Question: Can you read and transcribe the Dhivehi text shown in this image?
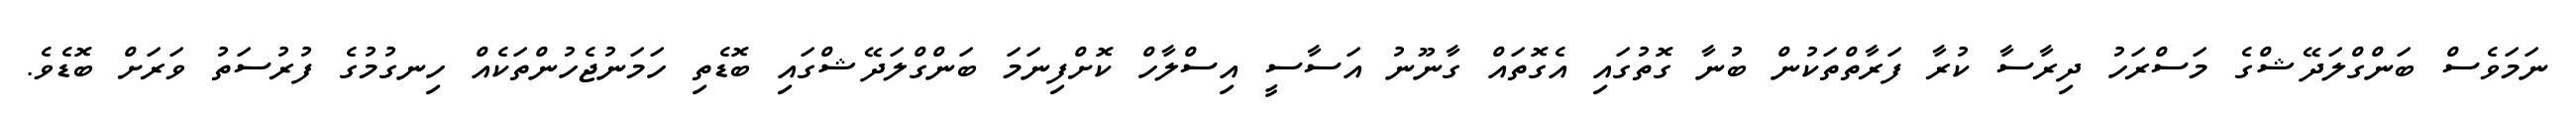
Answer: ނަމަވެސް ބަންގްލަދޭޝްގެ މަސްރަހު ދިރާސާ ކުރާ ފަރާތްތަކުން ބުނާ ގޮތުގައި އެގޮތައް ގާނޫނު އަސާސީ އިސްލާހް ކޮށްފިނަމަ ބަންގްލަދޭޝްގައި ބޮޑެތި ހަމަނުޖެހުންތަކެއް ހިނގުމުގެ ފުރުސަތު ވަރަށް ބޮޑެވެ.